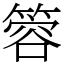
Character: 䈶